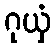
ဂုယှံ